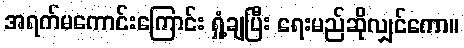
အရက်မကောင်းကြောင်း ရှုံ့ချပြီး ရေးမည်ဆိုလျှင်ကော။